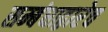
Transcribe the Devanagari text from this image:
सम्बंधाद्वारेच